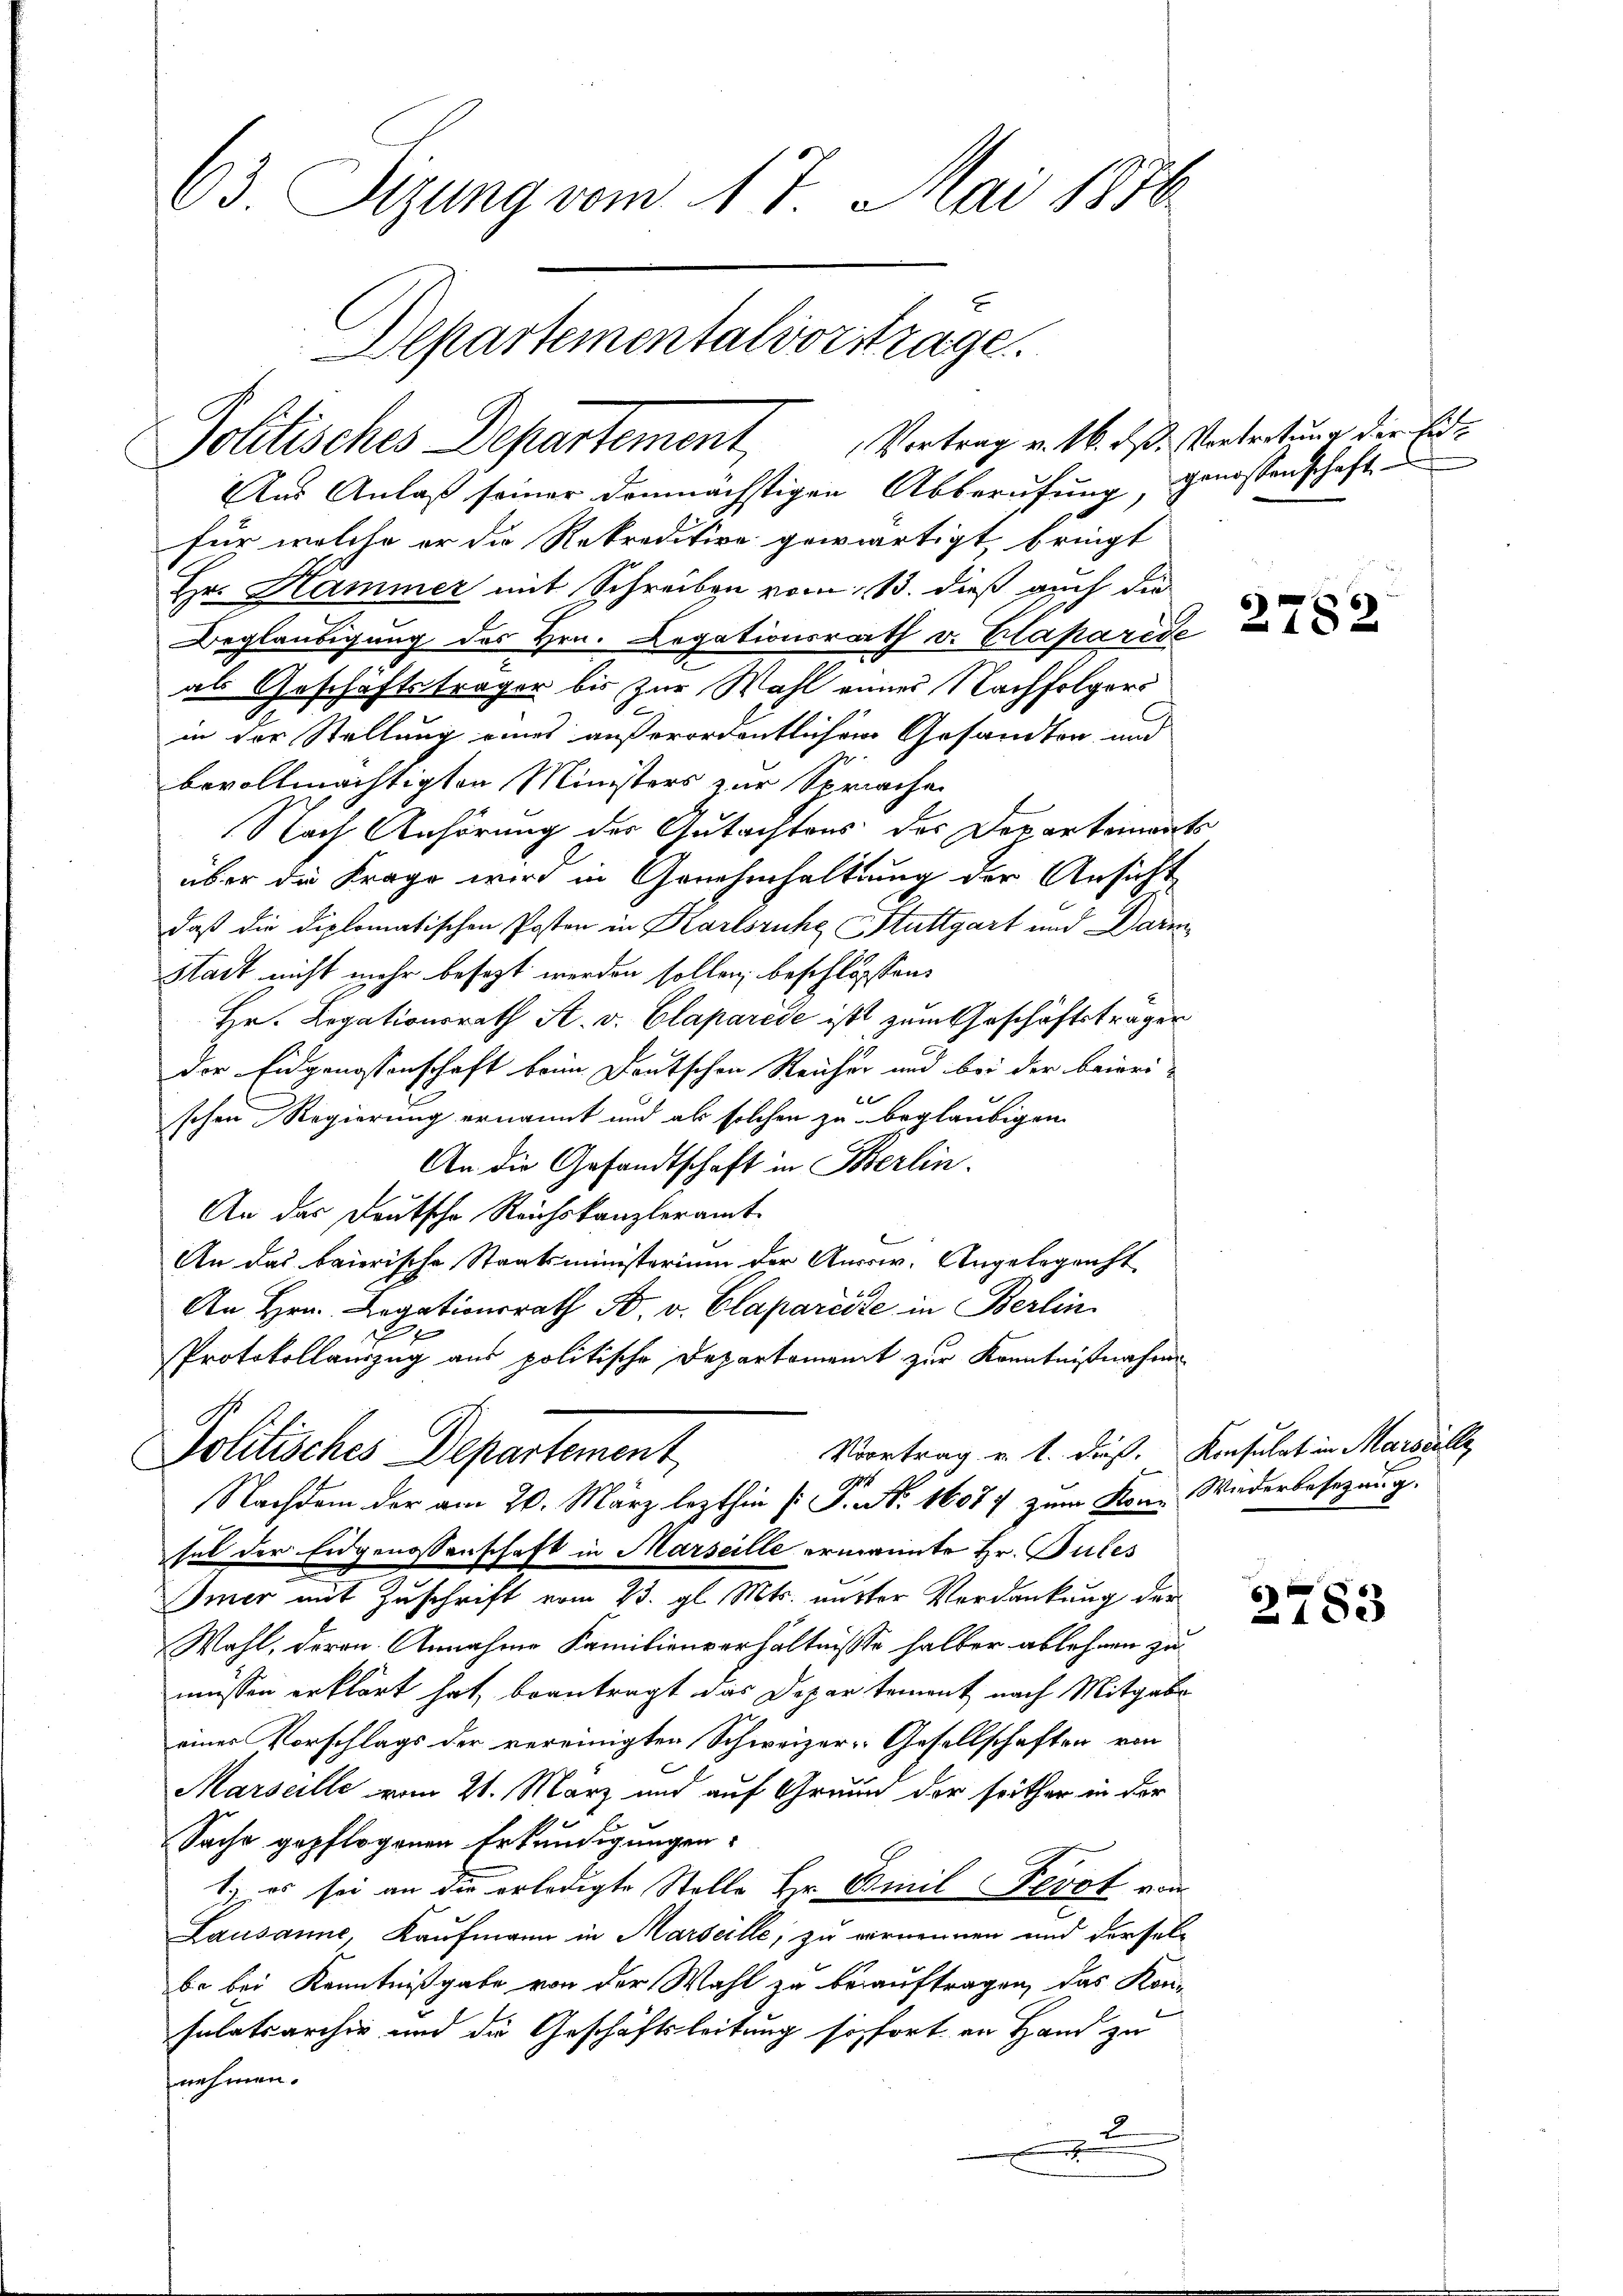
63. Sizung vom 17. Mai 1876.
Departementalvorstrage.

Politisches Departement, Vortrag v. 16. ds. Vertretung der Ent¬

Aus Anlaß seiner demnächstigen Abberufung, genossenschaft
für welche er die Rekredition gewärtigt, bringt
Hr. Hammer mit Schreiben vom 13. dieß auch die
Beglaubigung des Hrn. Legationsrath v. Claparede
als Geschäftsträger bis zur Wahl einer Nachfolgers
s
in der Stellung eines außerordentlichem Gesandten und
bevollmächtigten Ministers zur Sprichen
Nach Anhörung des Gutachtens des Departements
über die Frage wird in Genehmhaltung der Ansicht
daß die diplomatischen Posten in Karlsruhe Stuttgart und Darm
Stadt nicht mehr besezt werden sollen, beschlossen:
Hr. Legationsrath A. v. Claparise ist zum Geschäftsträger
der Eidgenossenschaft beim Deutschen Reicher und bei der beireil
schen Regierung ernannt und als solchen zu beglaubigen
An die Gesandtschaft in Berlin.
An das Deutsche Reichskanzleramt
An das baierische Staatsministerium der Aussiv. Angelegenht
An Hrn. Legationsrath B. v. Clapareise in Berlin
x
Protokollauszug aus politische Departement zur Kenntnißnahme
Vortrag u. t. dieß. Konsulat in Marseille
Sohlisches Departement
92
Nachdem der am 20. März lezthin (: S. Nr. 16077 zum Kon- Wiederbesezung.
sel der Eidgenossenschaft in Marseille ermannte Hr. Pules
Imer mit Zuschrift vom 23. gl. Mts. mitter Verdankung der
Wahl, deren Annahme Familienverhältnisse halber ablehnen zu
müssen erklärt hat, beantragt das Departement nach Mitgabe
eines Vorschlags der vereinigten Schweizer-Gesellschaften von
Marseille vom 21. März und auf Grund der seither in der
Sache gepflogenen Erkundigungen:
1.) es sei an die erledigte Stelle Hr. Emil Perot von
Lausanne, Kaufmann in Marseille; zu vernennen und derselbe bei Kenntnißgabe von der Wahl zu beauftragen, das Kon-
sulatsarchiv und die Geschäftsleitung sofort an Hand zu
nehmen.
E
.

278.

2783